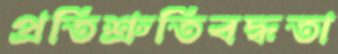
প্রতিশ্রুতিবদ্ধতা